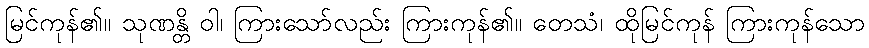
မြင်ကုန်၏။ သုဏန္တိ ဝါ၊ ကြားသော်လည်း ကြားကုန်၏။ တေသံ၊ ထိုမြင်ကုန် ကြားကုန်သော